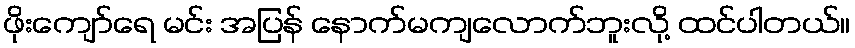
ဖိုးကျော်ရေ မင်း အပြန် နောက်မကျလောက်ဘူးလို့ ထင်ပါတယ်။